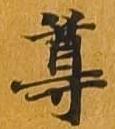
尊